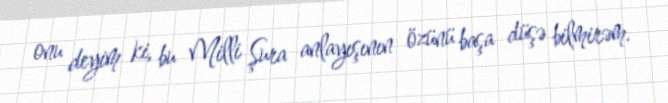
onu deyim ki, bu Milli Şura anlayışının özünü başa düşə bilmirəm.